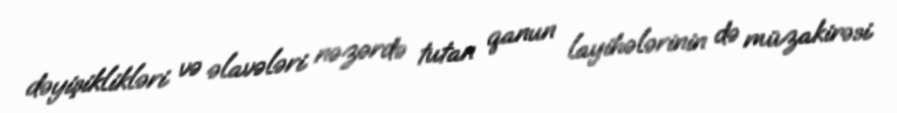
dəyişiklikləri və əlavələri nəzərdə tutan qanun layihələrinin də müzakirəsi